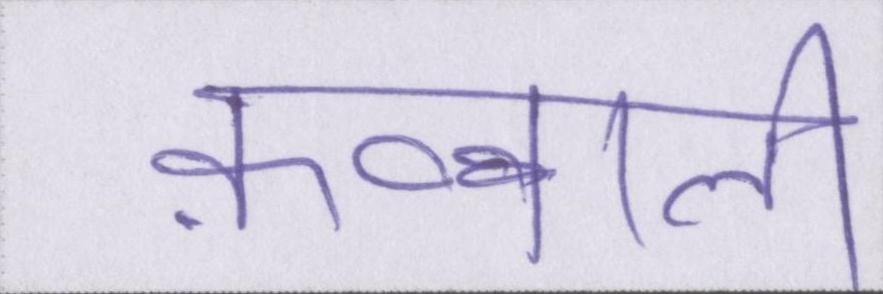
क़व्वाली